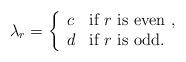
LaTeX: \begin{align*} \lambda_{r}=\left\{\begin{array}{ll} c & \mbox{if $r$ is even }, \\d & \mbox{if $r$ is odd}.\end{array}\right.\end{align*}